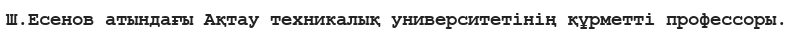
Ш.Есенов атындағы Ақтау техникалық университетінің құрметті профессоры.